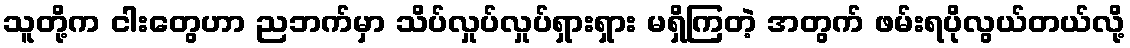
သူတို့က ငါးတွေဟာ ညဘက်မှာ သိပ်လှုပ်လှုပ်ရှားရှား မရှိကြတဲ့ အတွက် ဖမ်းရပိုလွယ်တယ်လို့